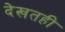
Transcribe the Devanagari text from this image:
देखतही